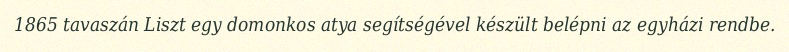
1865 tavaszán Liszt egy domonkos atya segítségével készült belépni az egyházi rendbe.